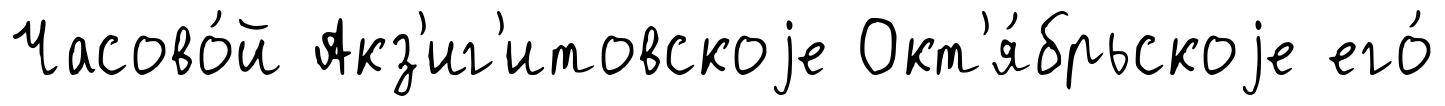
Часово́й Акз'иг'итовскоjе Окт'я́брьскоjе его́